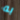
به